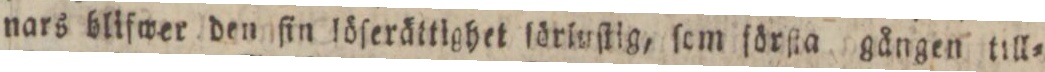
nars blifwer den ſin löſerättighet förlyſtig, ſem förſta gången till=